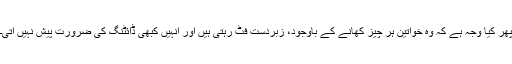
پھر کیا وجہ ہے کہ وہ خواتین ہر چیز کھانے کے باوجود، زبردست فِٹ رہتی ہیں اور انہیں کبھی ڈائٹنگ کی ضرورت پیش نہیں آتی۔